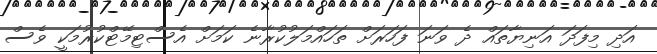
އަދި މިފަދަ އަނިޔާތައް ދެ ވަނަ ފަހަރަށް ތަހައްމަލުކުރާނެ ކަމަށް އެސްޓިމޭޓްކުރުމަކީ ވެސް